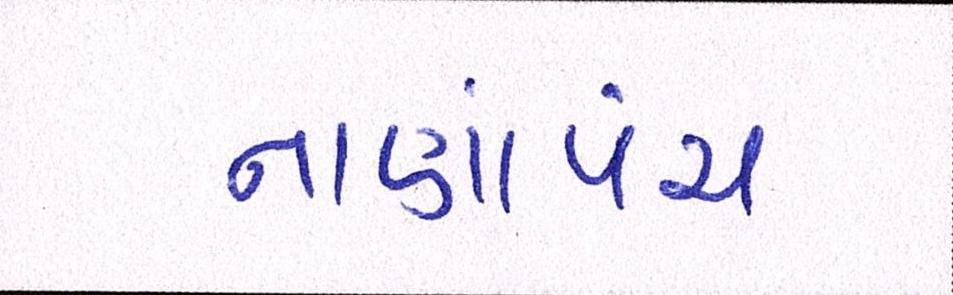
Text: નાણાંપંચ